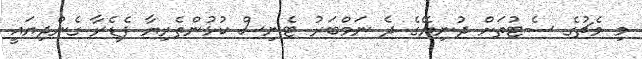
މި މެޗުގެ ސެޓުތަށް ދުނިޔޭގެ ދެ ނަމްބަރު ޓެނިސް ކުޅުންތެރިޔާ ފެޑެރާ ގެންދިޔައީ